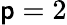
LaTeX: \mathsf{p}=2